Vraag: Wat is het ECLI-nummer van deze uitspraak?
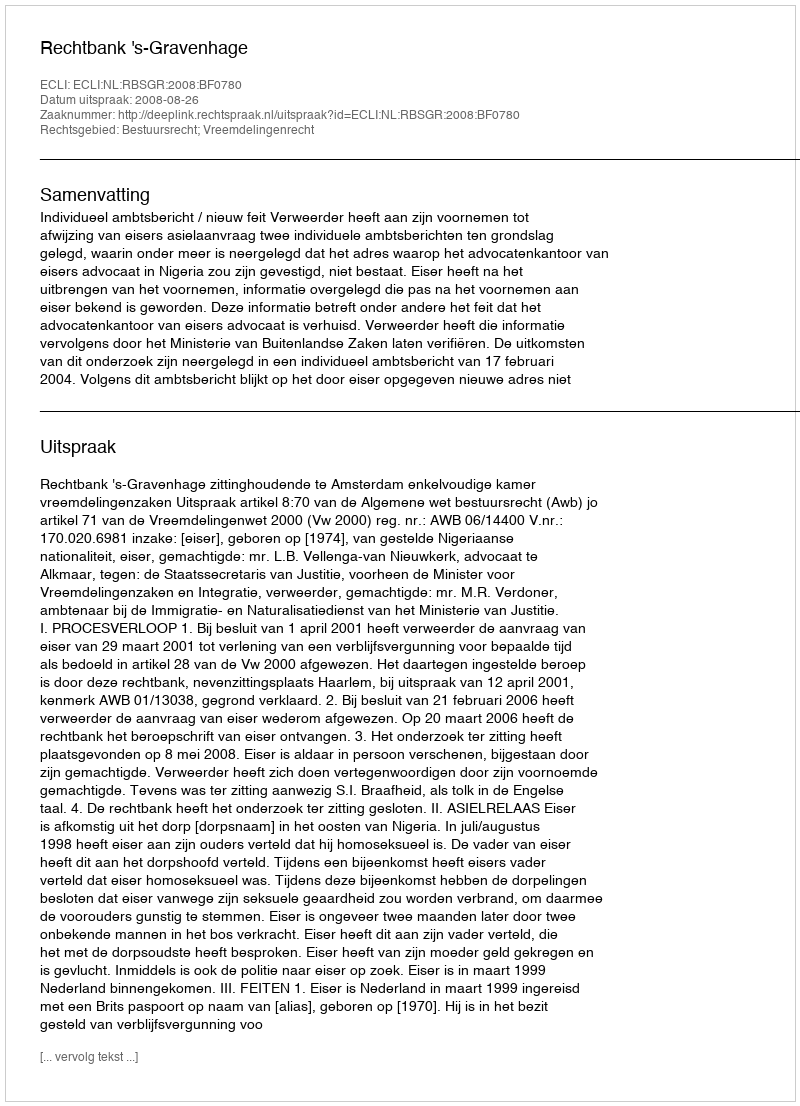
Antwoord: ECLI:NL:RBSGR:2008:BF0780